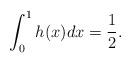
LaTeX: \begin{align*} \int_0^1h(x)dx=\frac{1}{2}.\end{align*}